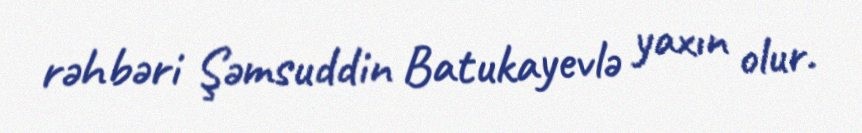
rəhbəri Şəmsuddin Batukayevlə yaxın olur.